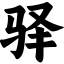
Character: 驿